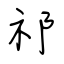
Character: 祁